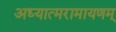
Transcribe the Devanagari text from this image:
अध्यात्मरामायणम्